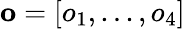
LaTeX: \mathbf{o}=[o_{1},...,o_{4}]